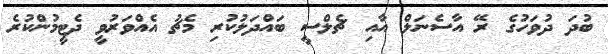
ބުދަ ދުވަހުގެ ރޭ އާސެނަލް އާއި ޗެލްސީ ބައްދަލުކުރި މެޗު އެއްވަރުވީ ދެޓީމުންކުރެ